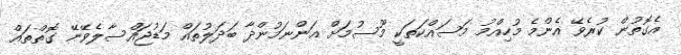
އެގޮތުން ކުރެވޭ އެންމެ މުހިއްމު މަސައްކަތަކީ މޫސުމަށް އަންނަމުންދާ ބަދަލުތައް މަޑުޖައްސާލެވޭނޭ ގޮތްތައް